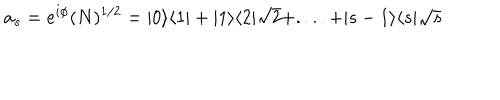
a _ { s } = e ^ { i \phi } ( N ) ^ { 1 / 2 } = | 0 \rangle \langle 1 | + | 1 \rangle \langle 2 | \sqrt { 2 } + . . . . + | s - 1 \rangle \langle s | \sqrt { s }